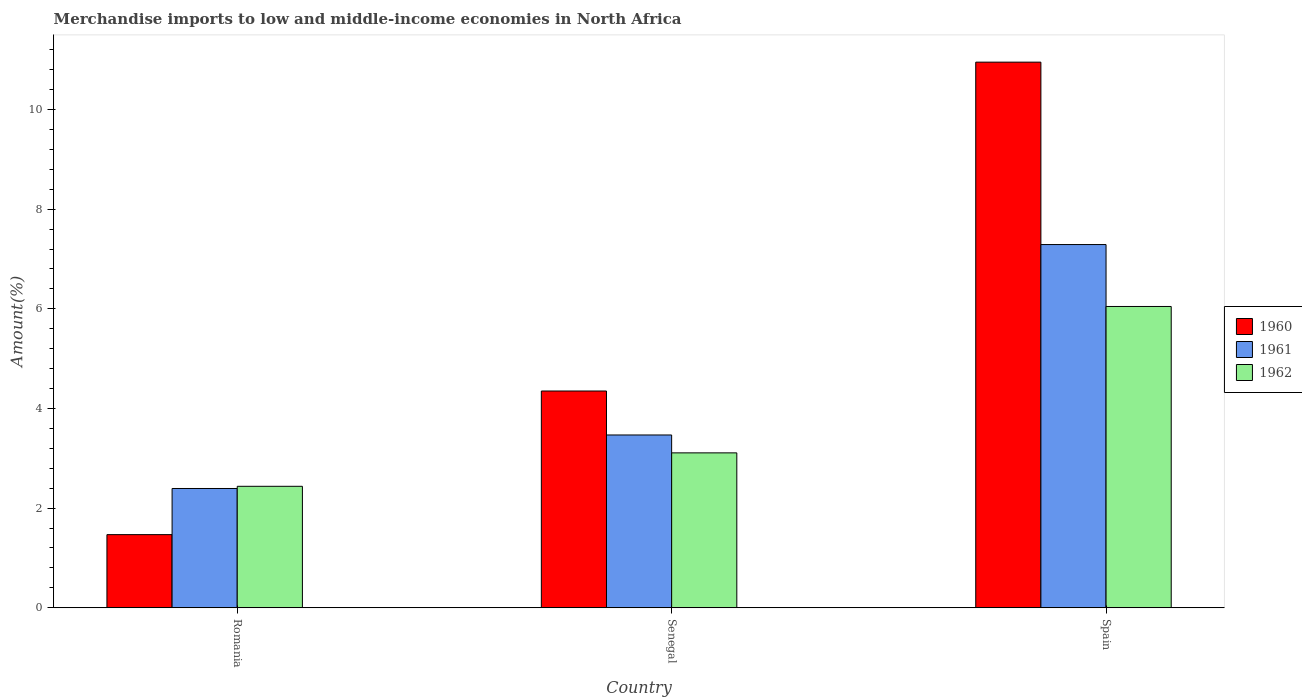
| Country | 1960 | 1961 | 1962 |
 | --- | --- | --- | --- |
 | Romania | 1.47 | 2.39 | 2.44 |
 | Senegal | 4.35 | 3.47 | 3.11 |
 | Spain | 11 | 7.29 | 6.05 |